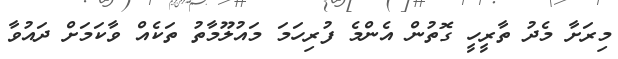
މިރަށާ މެދު ތާރީހީ ގޮތުން އެންމެ ފުރިހަމަ މައުލޫމާތު ތަކެއް ވާކަމަށް ދައުވާ